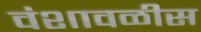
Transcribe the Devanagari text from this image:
वंशावळीस